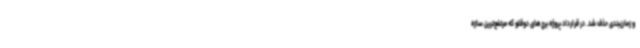
و زمان‌بندی حذف شد. در قرارداد پروژه برج‌های دوقلو که مرتفع‌ترین سازه